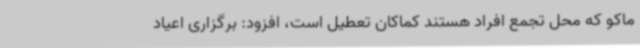
ماکو که محل تجمع افراد هستند کماکان تعطیل است، افزود: برگزاری اعیاد